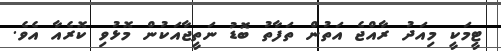
ޓީމަކީ މިއަދު ރާއްޖެ އަތުން ތަފާތު ބޮޑު ނަތީޖާއަކުން މޮޅުވި ކޮރެއާ އެވެ.